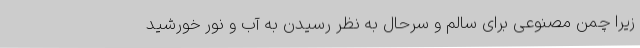
زیرا چمن مصنوعی برای سالم و سرحال به نظر رسیدن به آب و نور خورشید